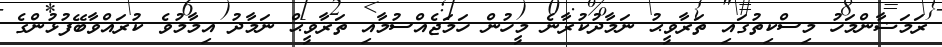
ރަމަޟާންމަހު މިސްކިތުގައި ތަރާވީޙު ނަމާދުކުރާނެ މީހުން ހަމަޖެއްސުމާއި ތަރާވީޙް ނަމާދު އިމާމުވެ ކުރައްވާބޭފުޅުންގެ